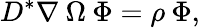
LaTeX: D^{*}\nabla\: \Omega\: \Phi=\rho\: \Phi,